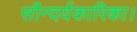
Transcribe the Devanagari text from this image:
सौन्दर्यकारिका।